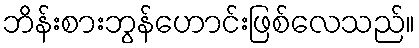
ဘိန်းစားဘွန်ဟောင်းဖြစ်လေသည်။